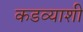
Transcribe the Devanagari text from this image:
कडव्याशी